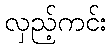
လှည့်ကင်း